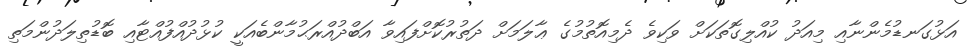
އަޅުގަނޑުމެންނާއި މިއަދު ކުއްލިގޮތަކަށް ވަކިވެ ދެމިއޮތުމުގެ ޢާލަމަށް ދަތުރުކޮށްފައިވާ އަބްދުއްރަޙުމާންބެއަކީ ކުޅުދުއްފުއްޓާއި ބޮޑުތިލަދުންމަތި